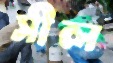
সীল